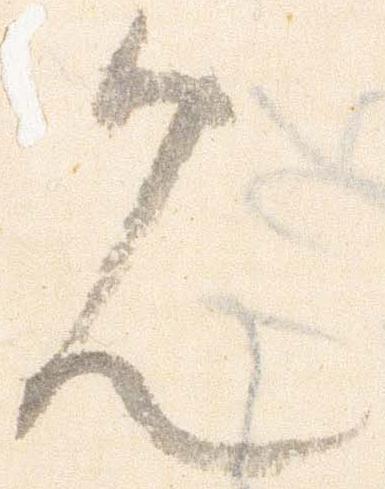
見